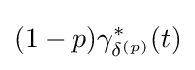
(1-p)\gamma _{\delta ^{(p)}}^{*}(t)